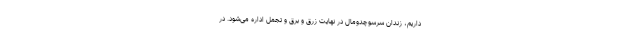
داریم، زندان سرسوچدومال در نهایت زرق و برق و تجمل اداره می‌شود. در